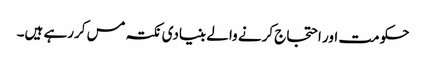
حکومت اور احتجاج کرنے والے بنیادی نکتہ مس کررہے ہیں۔